Scottish Leaving Certificate Examination, 1951
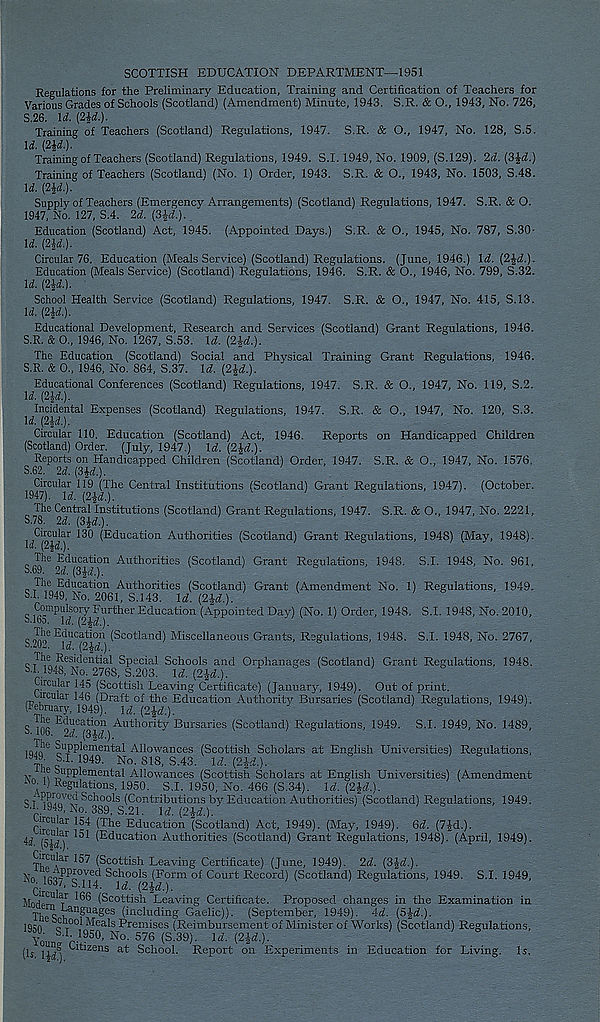
SCOTTISH EDUCATION DEPARTMENT—1951
Regulations for the Preliminary Education, Training and Certification of Teachers for
Various Grades of Schools (Scotland) (Amendment) Minute, 1943. S.R. & O., 1943, No. 726,
S.26. Id.
Training of Teachers (Scotland) Regulations, 1947. S.R. & O., 1947, No. 128, S.5.
U. (2£i.).
Training of Teachers (Scotland) Regulations, 1949. S.1.1949, No. 1909, (S.129). 2d. (3%d.)
Training of Teachers (Scotland) (No. 1) Order, 1943. S.R. & O., 1943, No. 1503, S.48.
Id. (2W.).
Supply of Teachers (Emergency Arrangements) (Scotland) Regulations, 1947. S.R. & O.
1947, No. 127, S.4. 2d. (3id.).
Education (Scotland) Act, 1945. (Appointed Days.) S.R. & O., 1945, No. 787, S.30-
Id. (2U).
Circular 76, Education (Meals Service) (Scotland) Regulations. (June, 1946.) li. (2Ji.).
Education (Meals Service) (Scotland) Regulations, 1946. S.R. & O., 1946, No. 799, S.32.
U (2U).
School Health Service (Scotland) Regulations, 1947. S.R. & O., 1947, No. 415, S.13.
Id. (2id.).
Educational Development, Research and Services (Scotland) Grant Regulations, 1946.
S.R. & 0., 1946, No. 1267, S.53. Id. (2Jd.).
The Education (Scotland) Social and Physical Training Grant Regulations, 1946.
S.R. & 0., 1946, No. 864, S.37. Id. (2}d.).
Educational Conferences (Scotland) Regulations, 1947. S.R. & O., 1947, No. 119, S.2.
Id. (2jd.).
Incidental Expenses (Scotland) Regulations, 1947. S.R. & O., 1947, No. 120, S.3.
Id. (24:1).
Circular 110. Education (Scotland) Act, 1946. Reports on Handicapped Children
(Scotland) Order. (July, 1947.) Id. (2£<f.).
Reports on Handicapped Children (Scotland) Order, 1947. S.R. & O., 1947, No. 1576,
S.62. 2d.(3id.).
^Circular 119 (The Central Institutions (Scotland) Grant Regulations, 1947). (October.
The Central Institutions (Scotland) Grant Regulations, 1947. S.R. & O., 1947, No. 2221,
S.78. 2d. (3}d.).
Circular 130 (Education Authorities (Scotland) Grant Regulations, 1948) (May, 1948).
Iw. (2^.).
The Education Authorities (Scotland) Grant Regulations, 1948. S.I. 1948, No. 961,
S.69. 2d.(3id.).
'
8
The Education Authorities (Scotland) Grant (Amendment No. 1) Regulations, 1949.
S.I. 1949, No. 2061, S.143. Id. (2W.).
Compulsory Further Education (Appointed Day) (No. 1) Order, 1948. S.I. 1948, No. 2010,
S.lSs. Id. (2id.).
e„^e Education (Scotland) Miscellaneous Grants, Regulations, 1948. S.I. 1948, No. 2767,
S-202. ld.(2K).
8
c
, Ees ' deu^a * Special Schools and Orphanages (Scotland) Grant Regulations, 1948.
SX 1948, No. 2768, S.203. Id. (2£d.).
^
e i
I
s
’
Circular 145 (Scottish Leaving Certificate) (January, 1949). Out of print.
Circular 146 (Draft of the Education Authority Bursaries (Scotland) Regulations, 1949).
(February, 1949). Id. (2Jd.).
S 106
Autllor * 1: y Bursaries (Scotland) Regulations, 1949. S.I. 1949, No. 1489,
The Supplemental Allowances (Scottish Scholars at English Universities) Regulations,
1949. S.I. 1949. No. 818, 5.43. Id. (2£d.).
® ll PP^e men tal Allowances (Scottish Scholars at English Universities) (Amendment
Regulations, 1950. S.I. 1950, No. 466 (S.34). Id. (2£d.).
SI Proved Schools (Contributions by Education Authorities) (Scotland) Regulations, 1949.
r . ,
Id. (24d.).
circular lu4 (The Education (Scotland) Act, 1949). (May, 1949). 6d. (7£d.).
44 (tyd)
(Bducation Authorities (Scotland) Grant Regulations, 1948). (April, 1949).
Circular 157 (Scottish Leaving Certificate) (June, 1949). 2d. (3|d.)
,L, PP, roye d Schools (Form of Court Record) (Scotland) Regulatioi
, e T4' ± 'i y,cu ocnoors (Form
cfiXi! 4 --
Record) (Scotland) Regulations, 1949. S.I. 1949,
Examination in
Hoder r 1
(Scottish Leaving Certificate. Proposed changes in the
T] "i 7' an S ua o es (including Gaelic)). (September, 1949). 4d. (5J-d.).
1 hw nr 1 ^eals Premises (Reimbursement of Minister of Works) (Scotland) Regulations,
You V 950 ' N°- 576 ( S - 39 )- ld - ^d-)'
(Is
Citizens at School. Report on Experiments in Education for Living. Is.